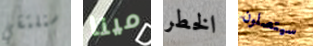
سنلتقي مينا الخطر سيتصلون